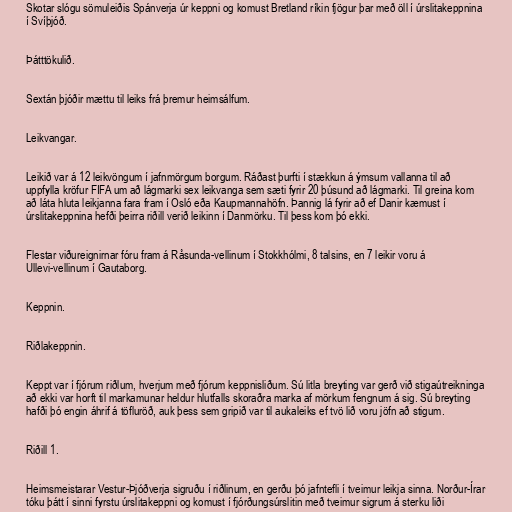
Skotar slógu sömuleiðis Spánverja úr keppni og komust Bretland ríkin fjögur þar með öll í úrslitakeppnina
í Svíþjóð.

Þátttökulið.

Sextán þjóðir mættu til leiks frá þremur heimsálfum.

Leikvangar.

Leikið var á 12 leikvöngum í jafnmörgum borgum. Ráðast þurfti í stækkun á ýmsum vallanna til að
uppfylla kröfur FIFA um að lágmarki sex leikvanga sem sæti fyrir 20 þúsund að lágmarki. Til greina kom
að láta hluta leikjanna fara fram í Osló eða Kaupmannahöfn. Þannig lá fyrir að ef Danir kæmust í
úrslitakeppnina hefði þeirra riðill verið leikinn í Danmörku. Til þess kom þó ekki.

Flestar viðureignirnar fóru fram á Råsunda-vellinum í Stokkhólmi, 8 talsins, en 7 leikir voru á
Ullevi-vellinum í Gautaborg.

Keppnin.

Riðlakeppnin.

Keppt var í fjórum riðlum, hverjum með fjórum keppnisliðum. Sú litla breyting var gerð við stigaútreikninga
að ekki var horft til markamunar heldur hlutfalls skoraðra marka af mörkum fengnum á sig. Sú breyting
hafði þó engin áhrif á töfluröð, auk þess sem gripið var til aukaleiks ef tvö lið voru jöfn að stigum.

Riðill 1.

Heimsmeistarar Vestur-Þjóðverja sigruðu í riðlinum, en gerðu þó jafntefli í tveimur leikja sinna. Norður-Írar
tóku þátt í sinni fyrstu úrslitakeppni og komust í fjórðungsúrslitin með tveimur sigrum á sterku liði